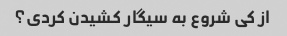
از کی شروع به سیگار کشیدن کردی؟